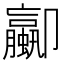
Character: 𫨁